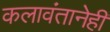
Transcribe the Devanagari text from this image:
कलावंतानेही